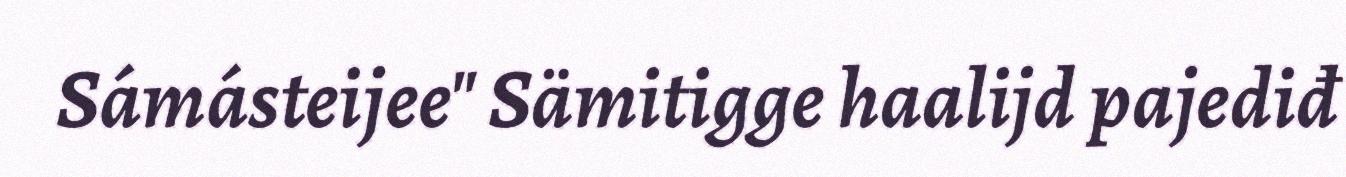
Sámásteijee" Sämitigge haalijd pajediđ